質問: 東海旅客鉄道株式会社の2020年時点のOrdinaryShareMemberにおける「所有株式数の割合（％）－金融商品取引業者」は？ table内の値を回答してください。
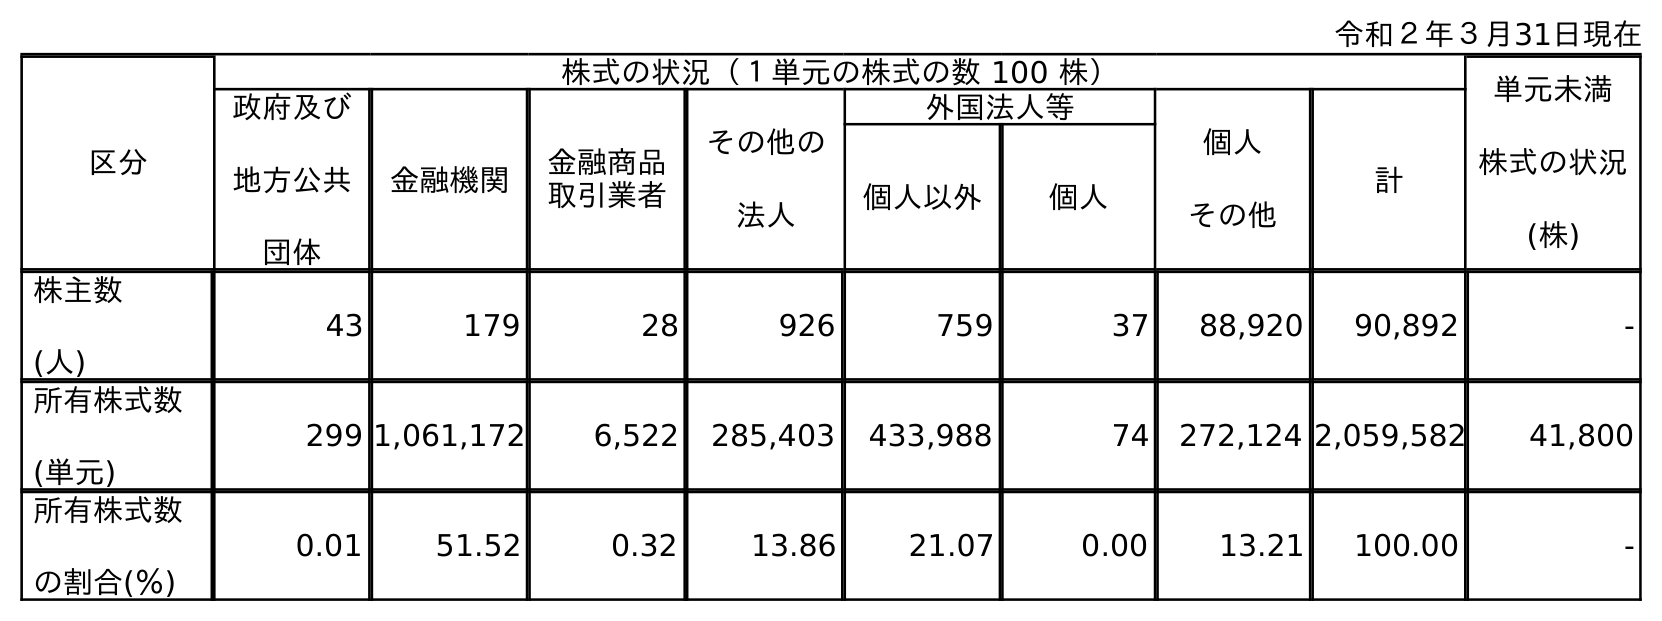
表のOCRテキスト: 令和２年３月31日現在 区分 株式の状況（１単元の株式の数 100 株） 単元未満 株式の状況 (株) 政府及び 地方公共 団体 金融機関 金融商品 取引業者 その他の 法人 外国法人等 個人 その他 計 個人以外 個人 株主数 (人) 43 179 28 926 759 37 88,920 90,892 - 所有株式数 (単元) 299 1,061,172 6,522 285,403 433,988 74 272,124 2,059,582 41,800 所有株式数 の割合(％) 0.01 51.52 0.32 13.86 21.07 0.00 13.21 100.00 -
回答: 0.32